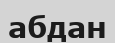
абдан